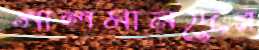
সালমানদের